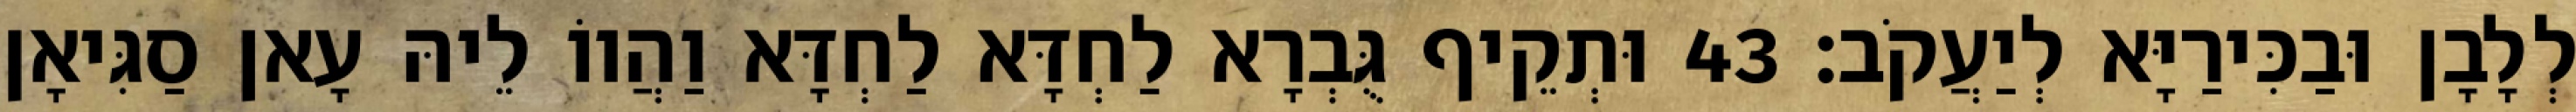
לְלָבָן וּבַכִּירַיָּא לְיַעֲקֹב׃ 43 וּתְקֵיף גֻּבְרָא לַחְדָּא לַחְדָּא וַהֲווֹ לֵיהּ עָאן סַגִּיאָן